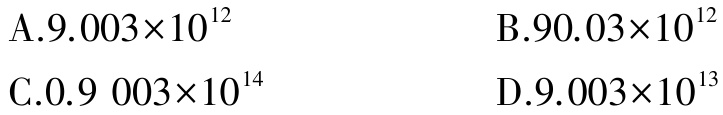
A.$9.003\times10^{12}$
B.$90.03\times10^{12}$
C.$0.9003\times10^{14}$
D.$9.003\times10^{13}$